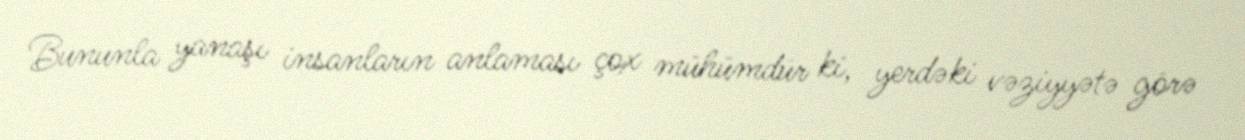
Bununla yanaşı insanların anlaması çox mühümdür ki, yerdəki vəziyyətə görə